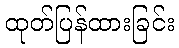
ထုတ်ပြန်ထားခြင်း